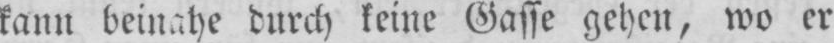
kann beinahe durch keine Gasse gehen, wo er